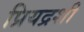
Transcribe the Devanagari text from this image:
प्रियद्रशी